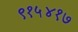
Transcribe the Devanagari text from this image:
९१५४१७